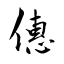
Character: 僡